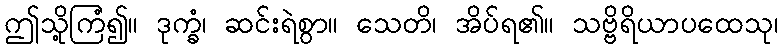
ဤသို့ကြံ၍။ ဒုက္ခံ၊ ဆင်းရဲစွာ။ သေတိ၊ အိပ်ရ၏။ သဗ္ဗိရိယာပထေသု၊